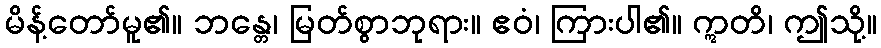
မိန့်တော်မူ၏။ ဘန္တေ၊ မြတ်စွာဘုရား။ ဧဝံ၊ ကြားပါ၏။ ဣတိ၊ ဤသို့။